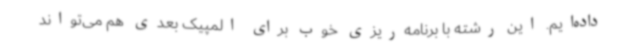
داده‌ایم. این رشته با برنامه‌ریزی خوب برای المپیک بعدی هم می‌تواند